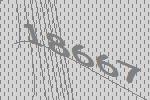
18667